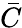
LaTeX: \bar{C}